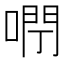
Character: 𠺉